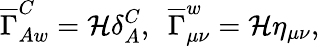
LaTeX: \overline{{{\Gamma}}}_{Aw}^{C}={\cal H}\delta_{A}^{C},\, \, \, \overline{{{\Gamma}}}_{\mu\nu}^{w}={\cal H}\eta_{\mu\nu},